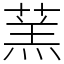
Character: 蓔